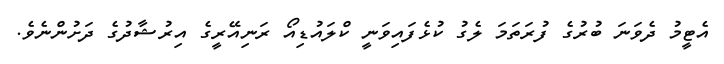
އެޓީމު ދެވަނަ ބުރުގެ ފުރަތަމަ ލެގު ކުޅެފައިވަނީ ކްލައުޑިއޯ ރަނިއޭރީގެ އިރުޝާދުގެ ދަށުންނެވެ.